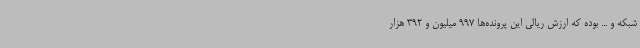
شبکه و ... بوده که ارزش ریالی این پرونده‌ها 997 میلیون و 392 هزار